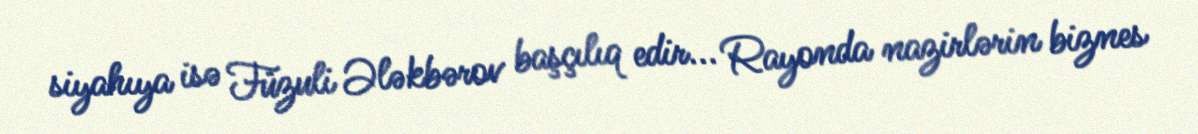
siyahıya isə Füzuli Ələkbərov başçılıq edir... Rayonda nazirlərin biznes